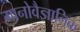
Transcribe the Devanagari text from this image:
मानोवैज्ञानिक